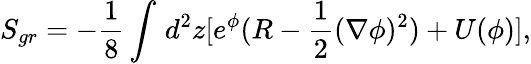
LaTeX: S_{gr}=-{\frac{1}{8}}\int_{}^{}d^{2}z[e^{\phi}(R-{\frac{1}{2}}(\nabla\phi)^{2})+U(\phi)],